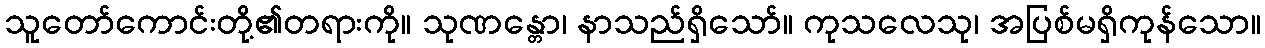
သူတော်ကောင်းတို့၏တရားကို။ သုဏန္တော၊ နာသည်ရှိသော်။ ကုသလေသု၊ အပြစ်မရှိကုန်သော။